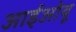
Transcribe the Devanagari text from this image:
आईओयू